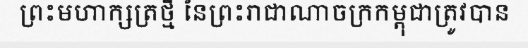
ព្រះមហាក្សត្រថ្មី នៃព្រះរាជាណាចក្រកម្ពុជាត្រូវបាន